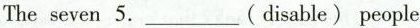
The seven 5.___ (disable) people